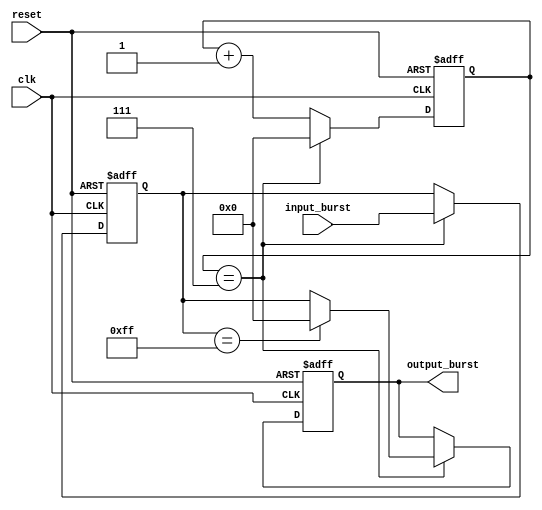
module burst_synchronizer (
    input wire clk,
    input wire reset,
    input wire [7:0] input_burst,
    output reg [7:0] output_burst
);

reg [7:0] input_burst_sync;
reg [7:0] counter;

always @(posedge clk or posedge reset)
begin
    if (reset)
    begin
        counter <= 8'h00;
        input_burst_sync <= 8'h00;
        output_burst <= 8'h00;
    end
    else
    begin
        if (counter == 8'h07)
        begin
            input_burst_sync <= input_burst;
            if (input_burst_sync == 8'hFF)
            begin
                output_burst <= 8'h00;
            end
            else
            begin
                output_burst <= input_burst_sync;
            end
            
            counter <= 8'h00;
        end
        else
        begin
            counter <= counter + 1;
        end
    end
end

endmodule